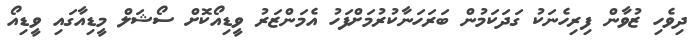
ދިވެހި ޒުވާން ފިރިހެނަކު ގަދަކަމުން ބަރަހަނާކުރުމަށްފަހު އެމަންޒަރު ވީޑިއޯކޮށް ސޯޝަލް މީޑިއާގައި ވީޑިއޯ